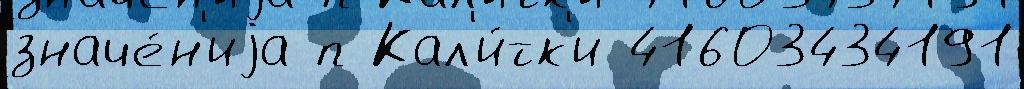
значе́н'иjа п Кал'и́тк'и 41603434191